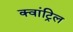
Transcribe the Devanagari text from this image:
क्वांट्रिल